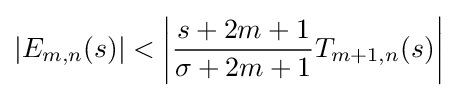
|E_{m,n}(s)|<\left|{\frac {s+2m+1}{\sigma +2m+1}}T_{m+1,n}(s)\right|